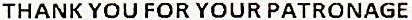
THANK YOU FOR YOUR PATRONAGE